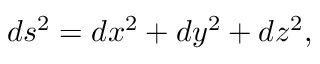
d s ^ { 2 } = d x ^ { 2 } + d y ^ { 2 } + d z ^ { 2 } ,